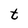
Character: t